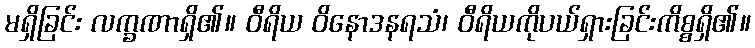
မရှိခြင်း လက္ခဏာရှိ၏။ ဝီရိယ ဝိနောဒနရသံ၊ ဝီရိယကိုပယ်ရှားခြင်းကိစ္စရှိ၏။